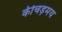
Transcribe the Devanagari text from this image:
कीचड़मय